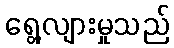
ရွေ့လျားမှုသည်